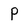
Character: p